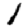
Digit: 1